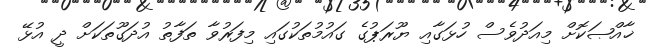
ޚާއްޞަކޮށް މިއަދުވެސް ހުޅަގާއި ޔޫރަޕުގެ ގައުމުތަކުގައި މިފަރުވާ ތަފާތު އުދަގޫތަކަށް ދީ އުޅޭ